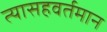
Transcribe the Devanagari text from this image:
त्यासहवर्तमान